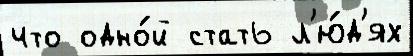
что одно́й стать л'ю́д'ях